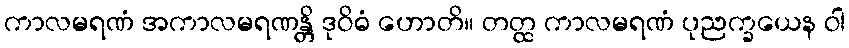
ကာလမရဏံ အကာလမရဏန္တိ ဒုဝိဓံ ဟောတိ။ တတ္ထ ကာလမရဏံ ပုညက္ခယေန ဝါ